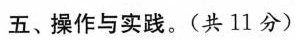
五、操作与实践。(共11分)